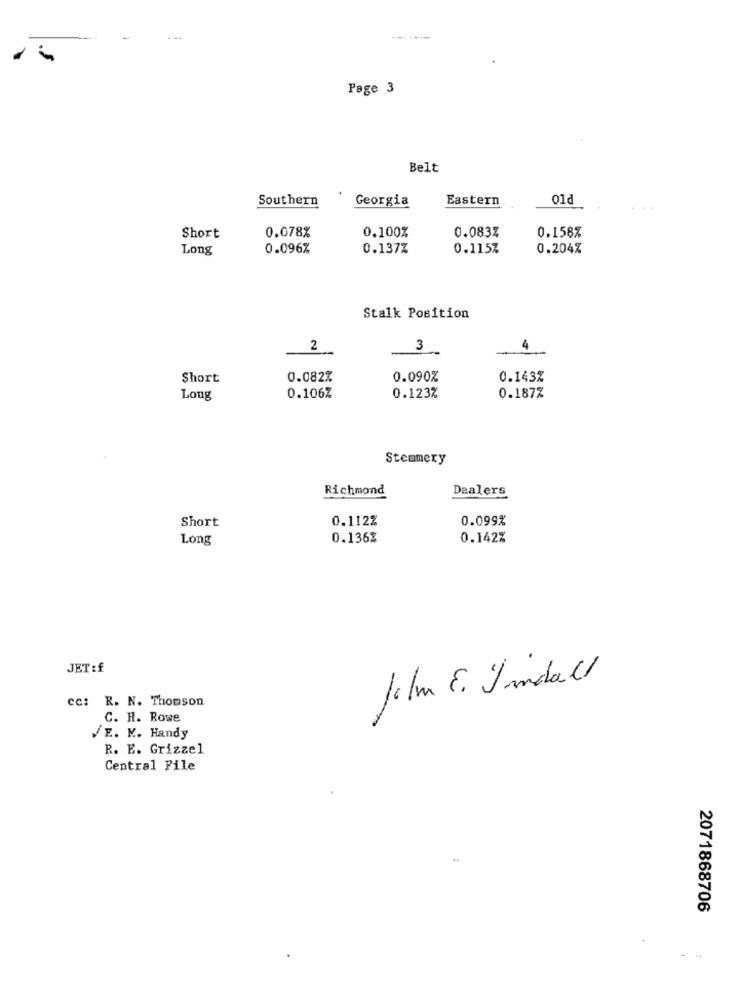
Page 3
Belt
Southern
Eastern
01d
Georgia
0.100%
Short
0.078%
0.083%
0.158%
Long
0.096%
0.137%
0.115%
0.204%
Stalk Position
2
3
4
Short
0.082%
0.090%
0.143%
Long
0.106%
0.123%
0.187%
Stemmery
Richmond
Dealers
Short
0.112%
0.099%
Long
0.136%
0.142%
JET :f
film E. Imdall
cc: R. N. Thomson
C. H. Rowe
/E. K. Handy
R. E. Grizzel
Central File
2071868706
--